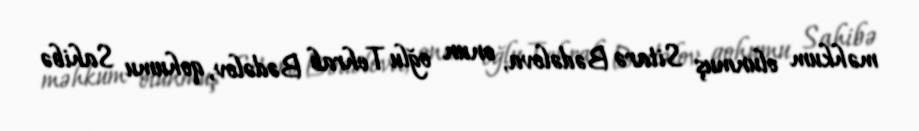
məhkum olunmuş Sitarə Bədəlova, onun oğlu Tehrab Bədəlov, qohumu Sahibə